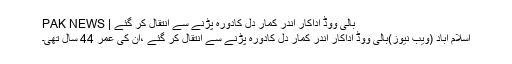
بالی ووڈ اداکار اندر کمار دل کادورہ پڑنے سے انتقال کر گئے | PAK NEWS
اسلام آباد (ویب نیوز)بالی ووڈ اداکار اندر کمار دل کادورہ پڑنے سے انتقال کر گئے ،ان کی عمر 44 سال تھی۔